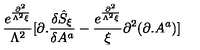
\frac { e ^ { \frac { \partial ^ { 2 } } { \Lambda ^ { 2 } \xi } } } { \Lambda ^ { 2 } } [ \partial . \frac { \delta { \hat { S } } _ { \xi } } { \delta A ^ { a } } - \frac { e ^ { \frac { \partial ^ { 2 } } { \Lambda ^ { 2 } \xi } } } { \xi } \partial ^ { 2 } ( \partial . A ^ { a } ) ]